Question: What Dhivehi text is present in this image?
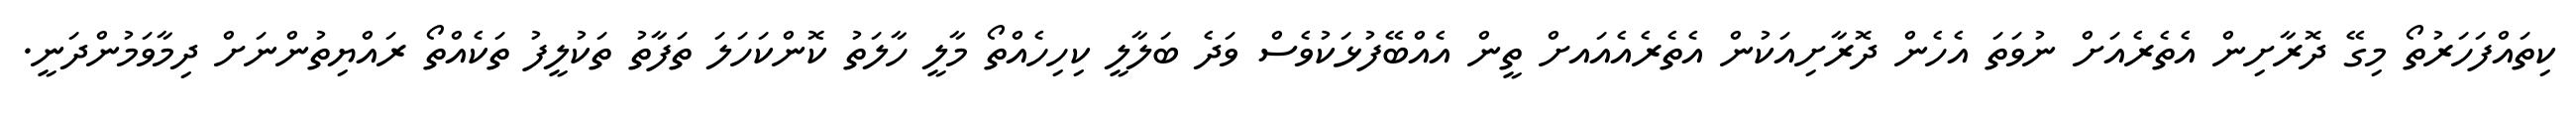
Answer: ކިތައްފަހަރުތޯ މިގޭ ދޮރާށިން އެތެރެއަށް ނުވަތަ އެހެން ދޮރާށިއަކުން އެތެރެއެއައށް ތީން އެއްބޭފުޅަކުވެސް ވަދެ ބަލާލީ ކިހިހެއްތޯ މާލީ ހާލަތު ކޮންކަހަލަ ތަފާތު ތަކުލީފު ތަކެއްތޯ ރައްޔިތުންނަށް ދިމާވަމުންދަނީ.